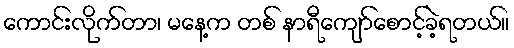
ကောင်းလိုက်တာ၊ မနေ့က တစ် နာရီကျော်စောင့်ခဲ့ရတယ်။